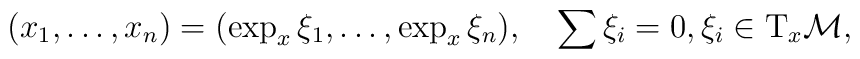
(x_{1},\dots,x_{n})=(\exp_{x}\xi_{1},\dots,\exp_{x}\xi_{n}),\quad \sum\xi_{i}=0,\xi_{i}\in\mbox{T}_{x}{\cal M},